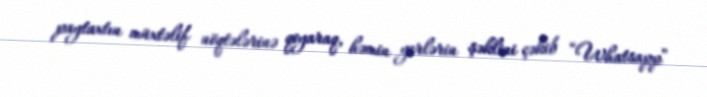
paytaxtın müxtəlif nöqtələrinə qoyaraq, həmin yerlərin şəklini çəkib “Whatsapp”